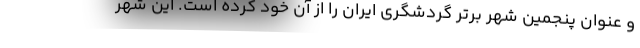
و عنوان پنجمین شهر برتر گردشگری ایران را از آن خود کرده است. این شهر